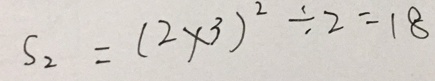
S _ { 2 } = ( 2 \times 3 ) ^ { 2 } \div 2 = 1 8